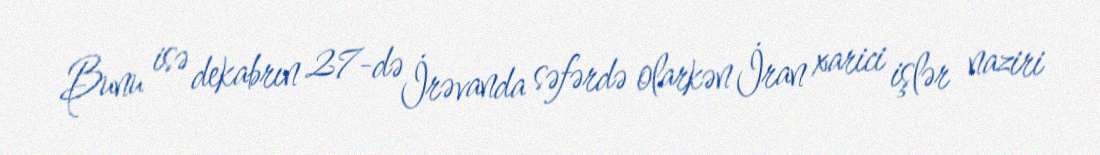
Bunu isə dekabrın 27-də İrəvanda səfərdə olarkən İran xarici işlər naziri